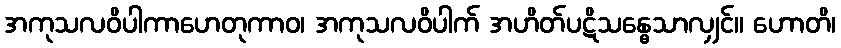
အကုသလဝိပါကာဟေတုကာဝ၊ အကုသလဝိပါက် အဟိတ်ပဋိသန္ဓေသာလျှင်။ ဟောတိ၊